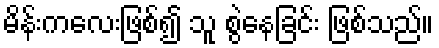
မိန်းကလေးဖြစ်၍ သူ စွဲနေခြင်း ဖြစ်သည်။